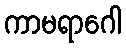
ကာမရာဂေါ